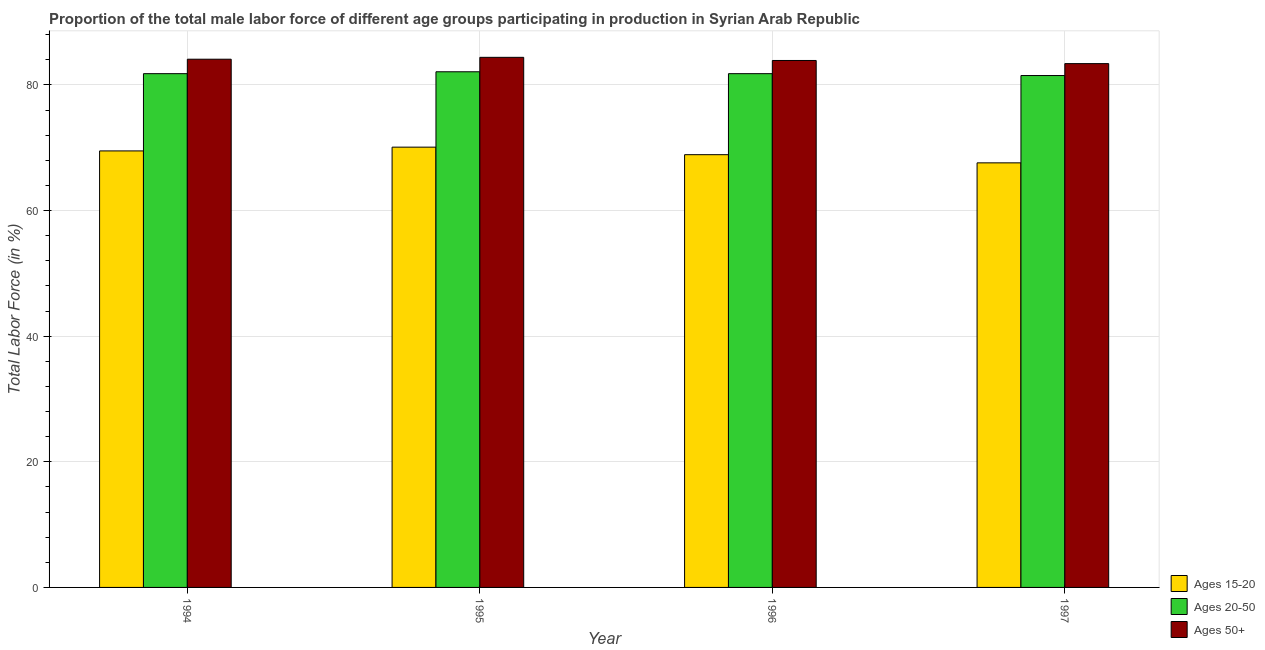
| Year | Ages 15-20 | Ages 20-50 | Ages 50+ |
 | --- | --- | --- | --- |
 | 1994 | 69.5 | 81.8 | 84.1 |
 | 1995 | 70.1 | 82.1 | 84.4 |
 | 1996 | 68.9 | 81.8 | 83.9 |
 | 1997 | 67.6 | 81.5 | 83.4 |